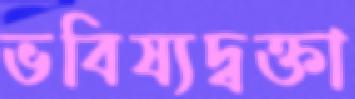
ভবিষ্যদ্বক্তা